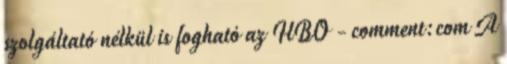
szolgáltató nélkül is fogható az HBO - comment:com A